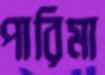
পারিমা